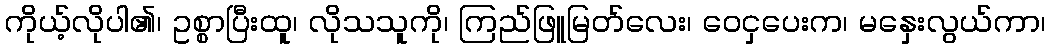
ကိုယ့်လိုပါ၏၊ ဥစ္စာပြီးထူ၊ လိုသသူကို၊ ကြည်ဖြူမြတ်လေး၊ ဝေငှပေးက၊ မနှေးလွယ်ကာ၊